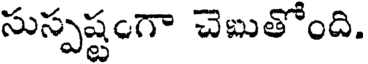
సుస్పష్టంగా చెబుతోంది.